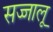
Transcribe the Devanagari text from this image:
सज्जालू